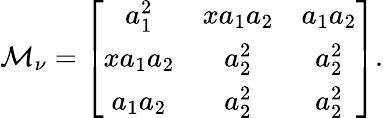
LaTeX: {\cal M}_{\nu}=\left[\begin{array}{ccc}{{a_{1}^{2}}}&{{xa_{1}a_{2}}}&{{a_{1}a_{2}}}\\ {{xa_{1}a_{2}}}&{{a_{2}^{2}}}&{{a_{2}^{2}}}\\ {{a_{1}a_{2}}}&{{a_{2}^{2}}}&{{a_{2}^{2}}}\end{array}\right].